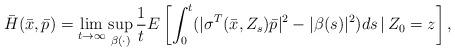
LaTeX: \begin{align*}\bar{H}(\bar{x},\bar{p})=\lim_{t \rightarrow \infty} \sup_{\beta(\cdot)} \frac{1}{t} E\left[\int_0^{t} (|\sigma^T(\bar{x}, Z_s) \bar{p}|^2 -|\beta(s)|^2) ds\, |\, Z_0=z\right],\end{align*}